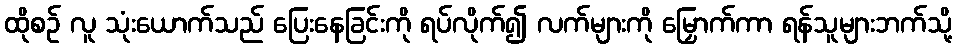
ထိုစဉ် လူ သုံးယောက်သည် ပြေးနေခြင်းကို ရပ်လိုက်၍ လက်များကို မြှောက်ကာ ရန်သူများဘက်သို့